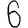
Digit: 6